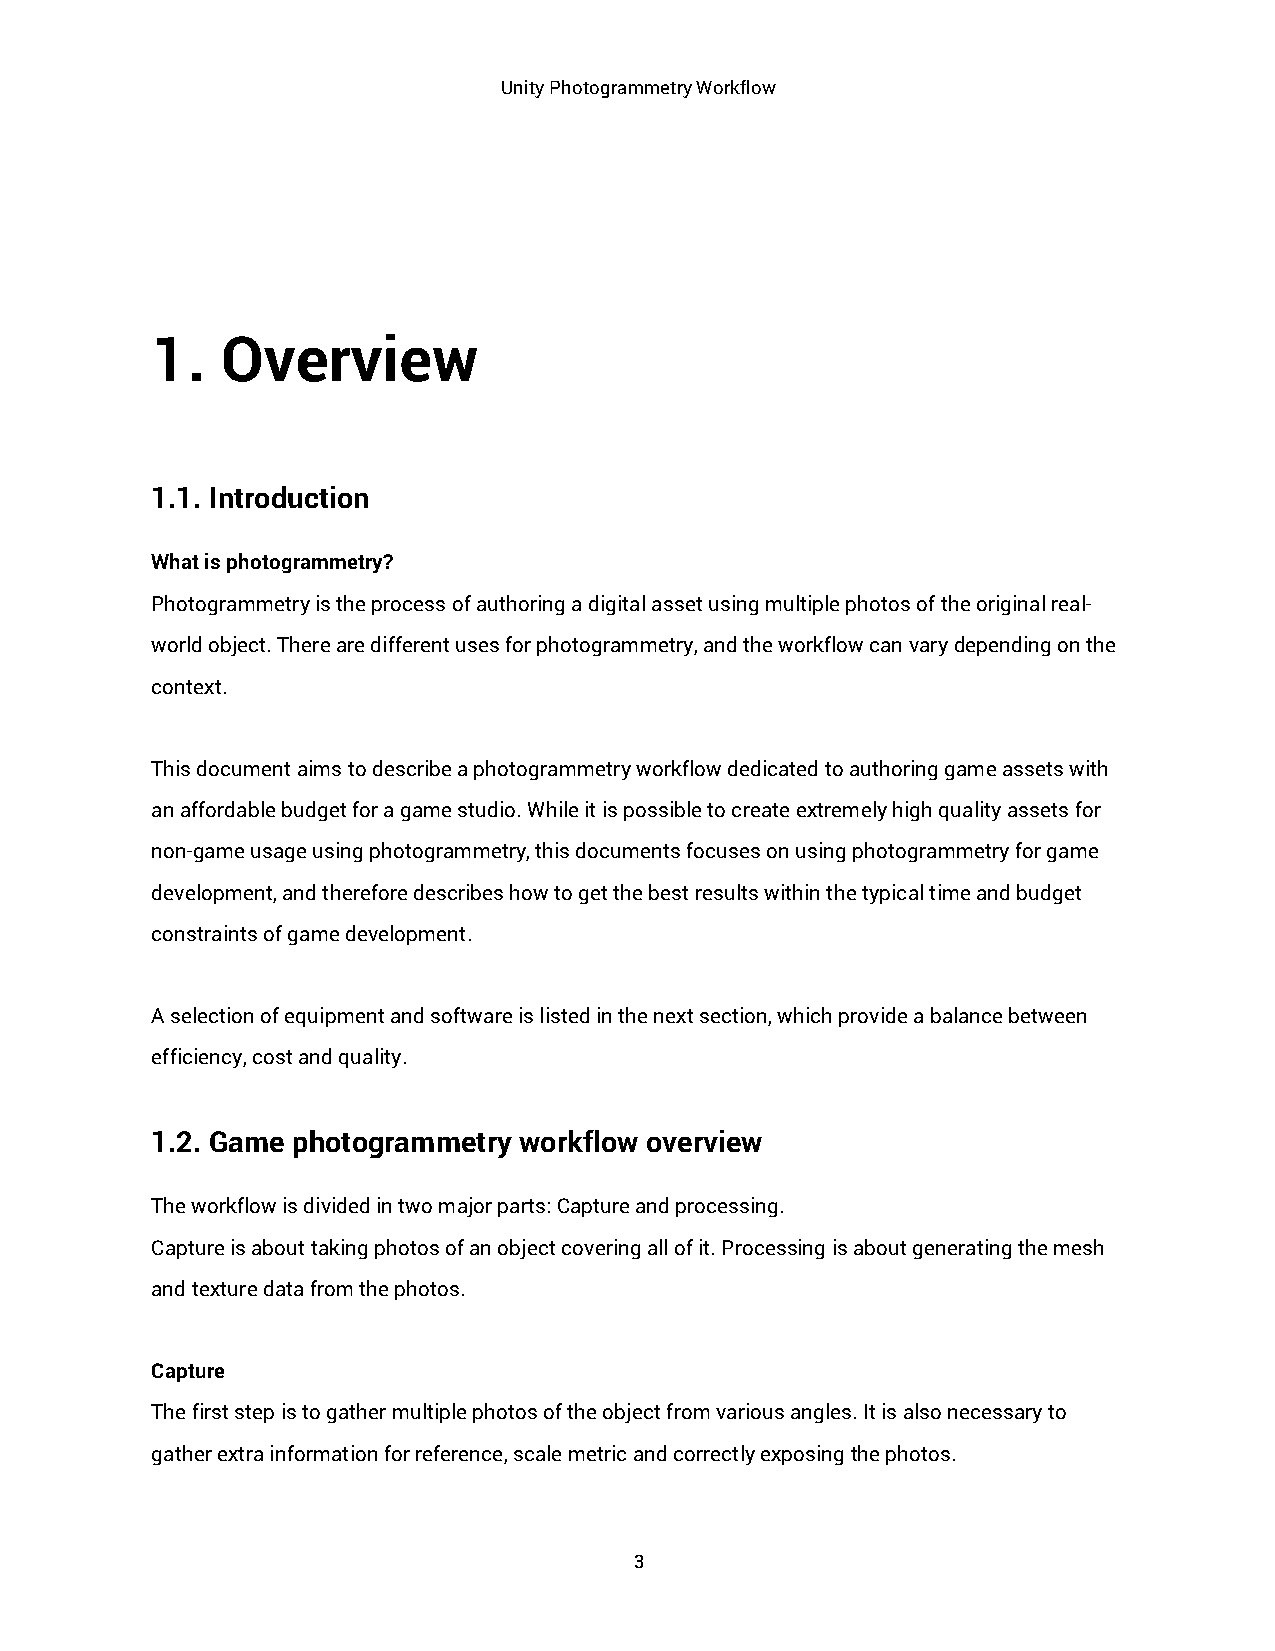
Unity Photogrammetry Workflow
 1.   Overview
 1.1. Introduction
 What is photogrammetry?
 Photogrammetry is the process of authoring a digital asset using multiple photos of the original real-
 world object. There are different uses for photogrammetry, and the workflow can vary depending on the
 context.
 This document aims to describe a photogrammetry workflow dedicated to authoring game assets with
 an affordable budget for a game studio. While it is possible to create extremely high quality assets for
 non-game usage using photogrammetry, this documents focuses on using photogrammetry for game
 development, and therefore describes how to get the best results within the typical time and budget
 constraints of game development.
 A selection of equipment and software is listed in the next section, which provide a balance between
 efficiency, cost and quality.
 1.2. Game photogrammetry workflow overview
 The workflow is divided in two major parts: Capture and processing.
 Capture is about taking photos of an object covering all of it. Processing is about generating the mesh
 and texture data from the photos.
 Capture
 The first step is to gather multiple photos of the object from various angles. It is also necessary to
 gather extra information for reference, scale metric and correctly exposing the photos.
 3